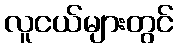
လူငယ်များတွင်